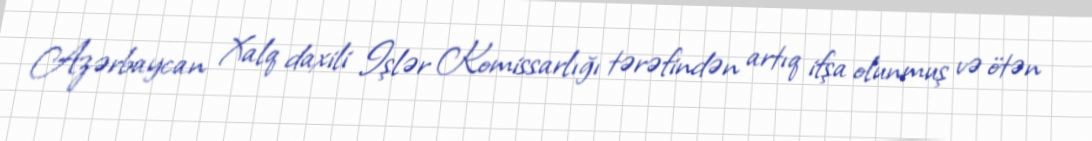
Azərbaycan Xalq daxili Işlər Komissarlığı tərəfindən artıq ifşa olunmuş və ötən